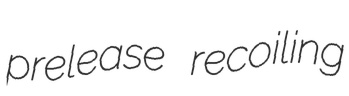
prelease recoiling